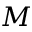
M